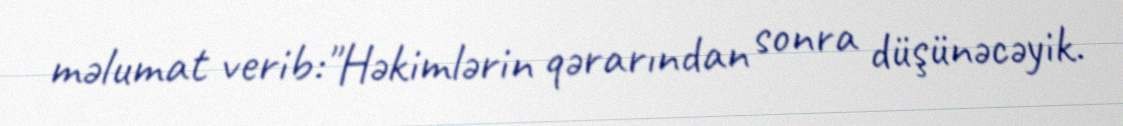
məlumat verib:"Həkimlərin qərarından sonra düşünəcəyik.